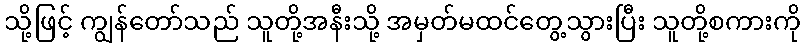
သို့ဖြင့် ကျွန်တော်သည် သူတို့အနီးသို့ အမှတ်မထင်တွေ့သွားပြီး သူတို့စကားကို